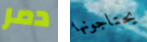
دمر يحتاجونها